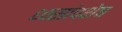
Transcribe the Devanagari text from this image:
ध्वसांवशेष